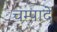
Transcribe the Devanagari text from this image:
चम्पादे